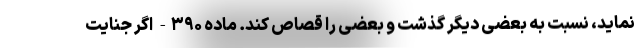
نماید، نسبت به بعضی دیگر گذشت و بعضی را قصاص کند. ماده ۳۹۰- اگر جنایت